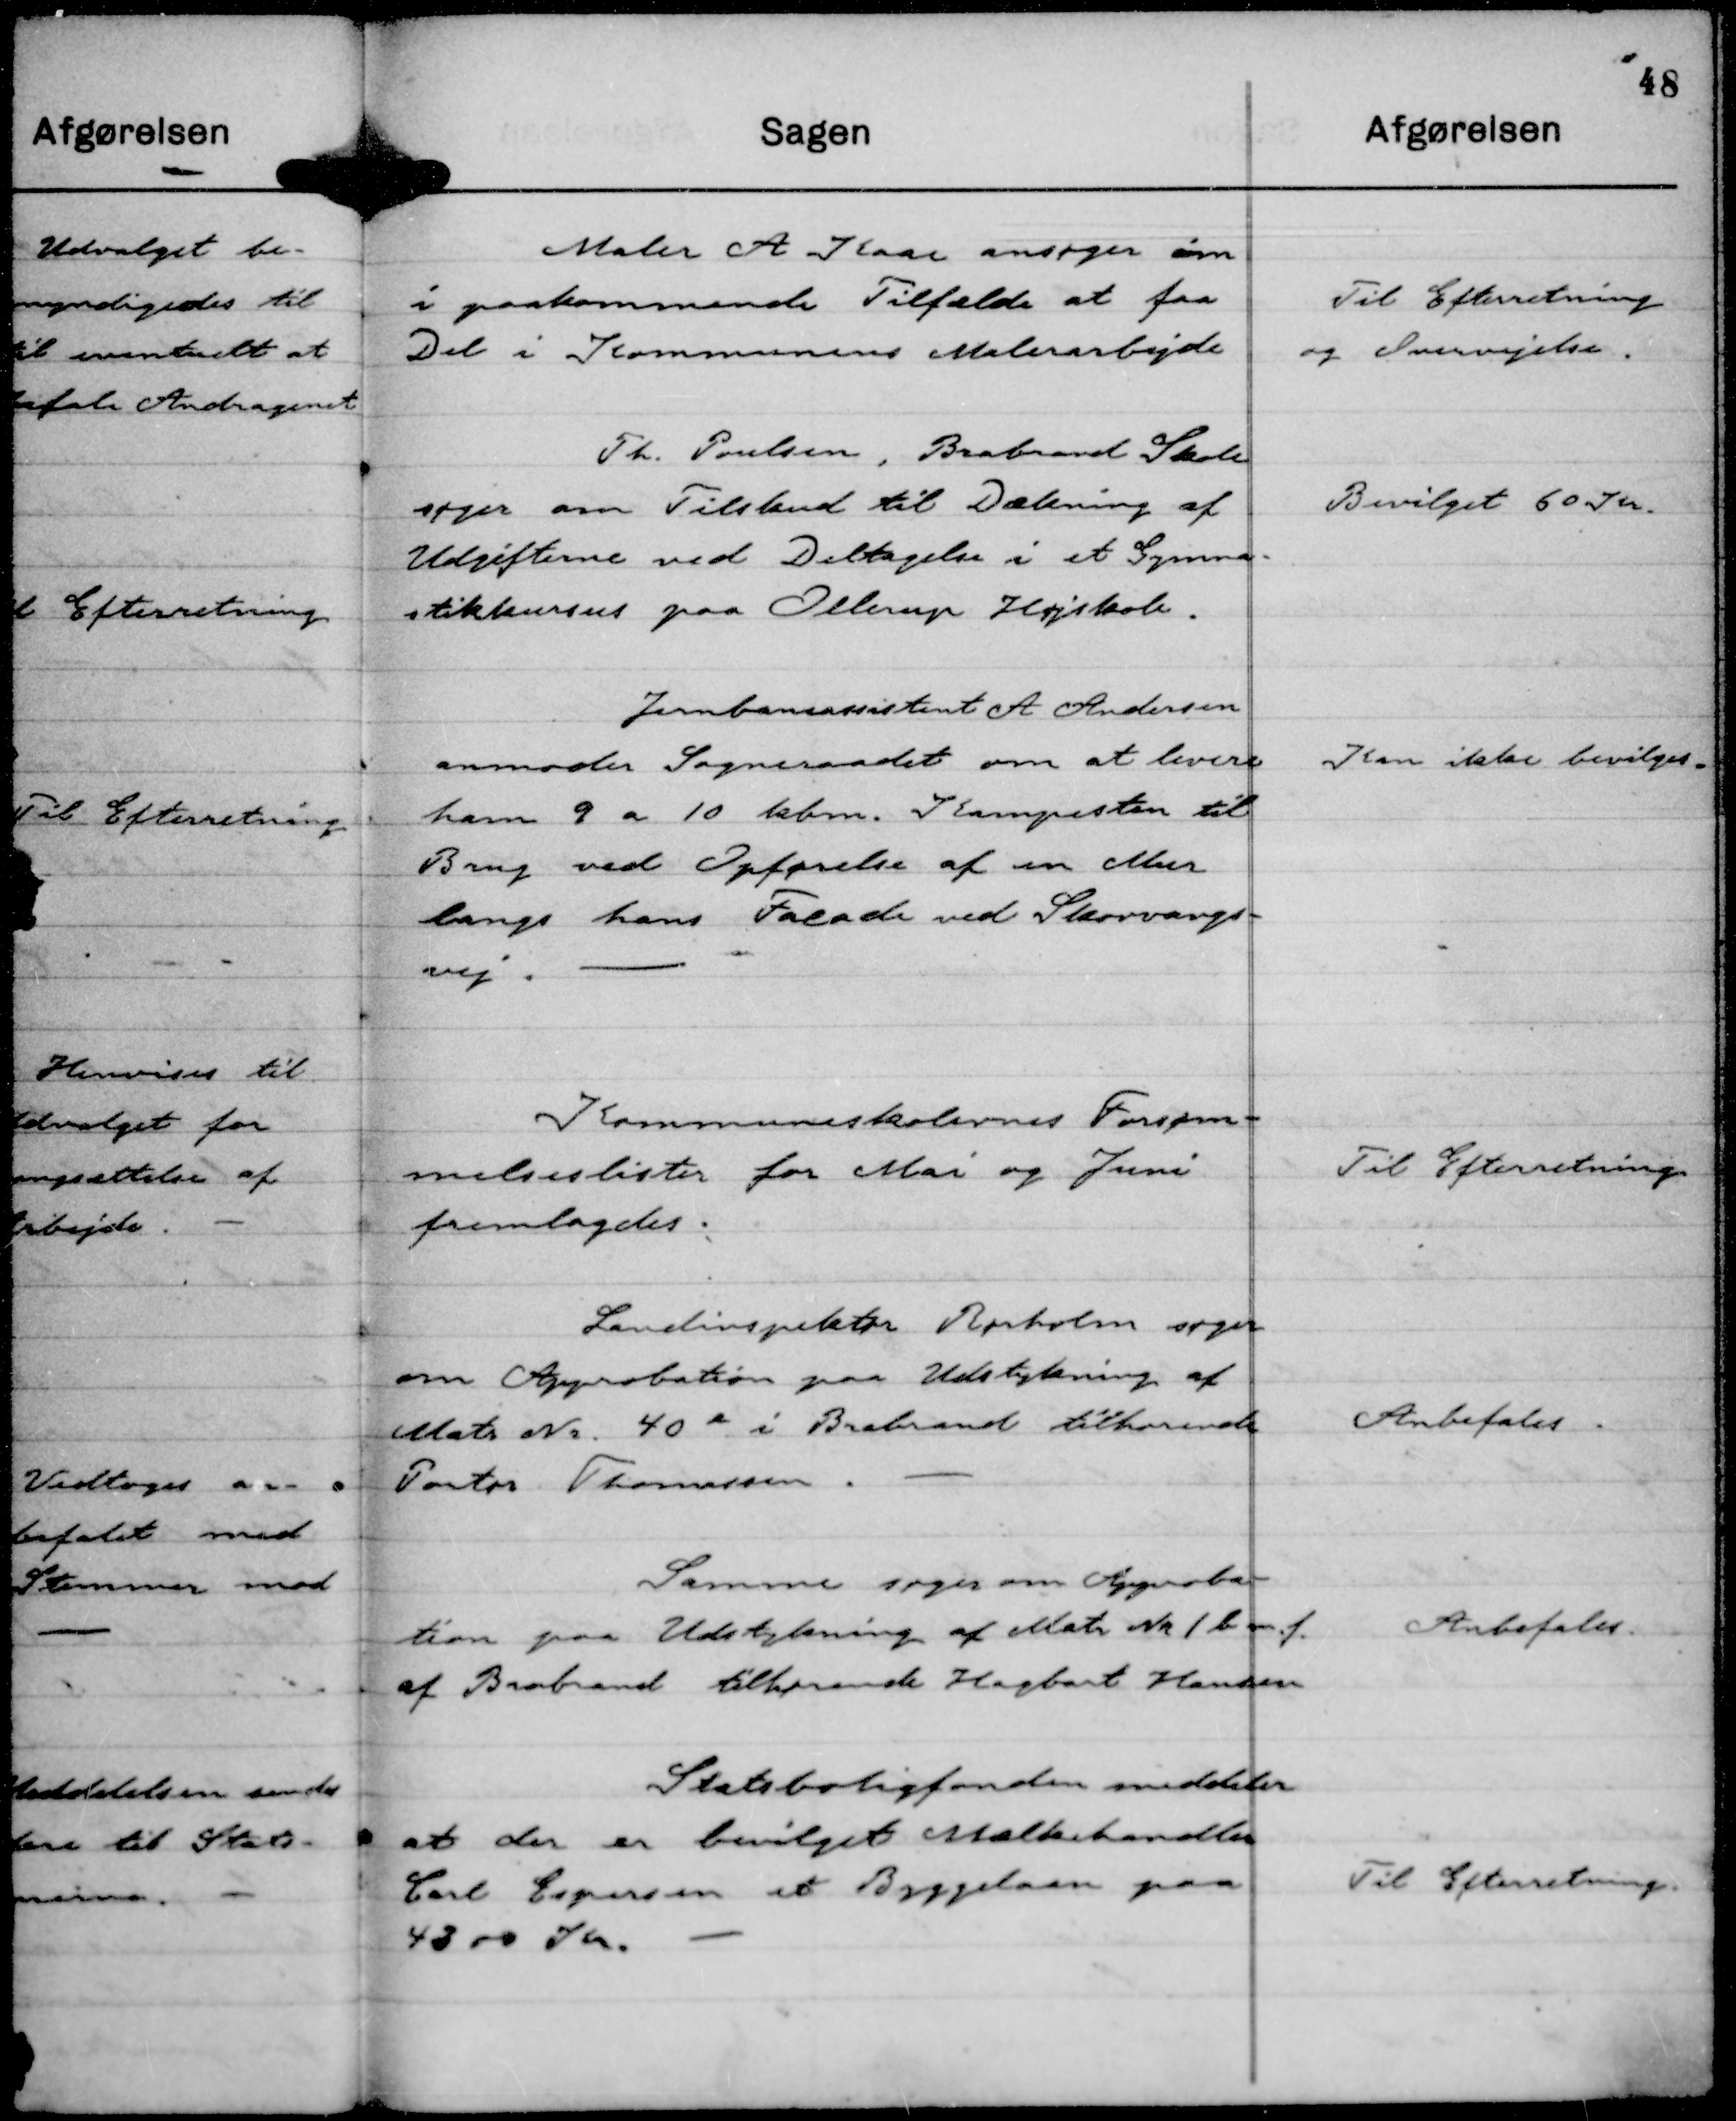
Transskription:
Maler A Kaas ansøger om
i paakommende Tilfælde at faa
Del i Kommunens Malerarbejde

Til Efterretning
og Overvejelse.

Th. Poulsen, Brabrand Skole
søger om Tilskud til Dækning af
Udgifterne ved Deltagelse i et Gymna-
stikkursus paa Ollerup Højskole.

Bevilget 60 Kr.

Jernbaneassistent A Andersen
anmoder Sogneraadet om at levere
ham 9 a 10 kbm. Kampesten til
Brug ved Opførelse af en Mur
langs hans Facade ved Skovvangs-
vej.

Kan ikke bevilges.

Kommuneskolernes Forsøm-
melseslister for Mai og Juni
fremlagdes.

Til Efterretning

Landinspektør Rørholm søger
om Approbation paa Udstykning af
Matr Nr. 40 e i Brabrand tilhørende
Portør Thomsen.

Anbefales.

Samme søger om Approba-
tion paa Udstykning af Matr Nr 1 b m. f.
af Brabrand tilhørende Hagbart Hansen

Anbefales.

Statsboligfonden meddeler
at der er bevilget Mælkehandler
Carl Espersen et Byggelaan paa
4300 Kr.

Til Efterretning.